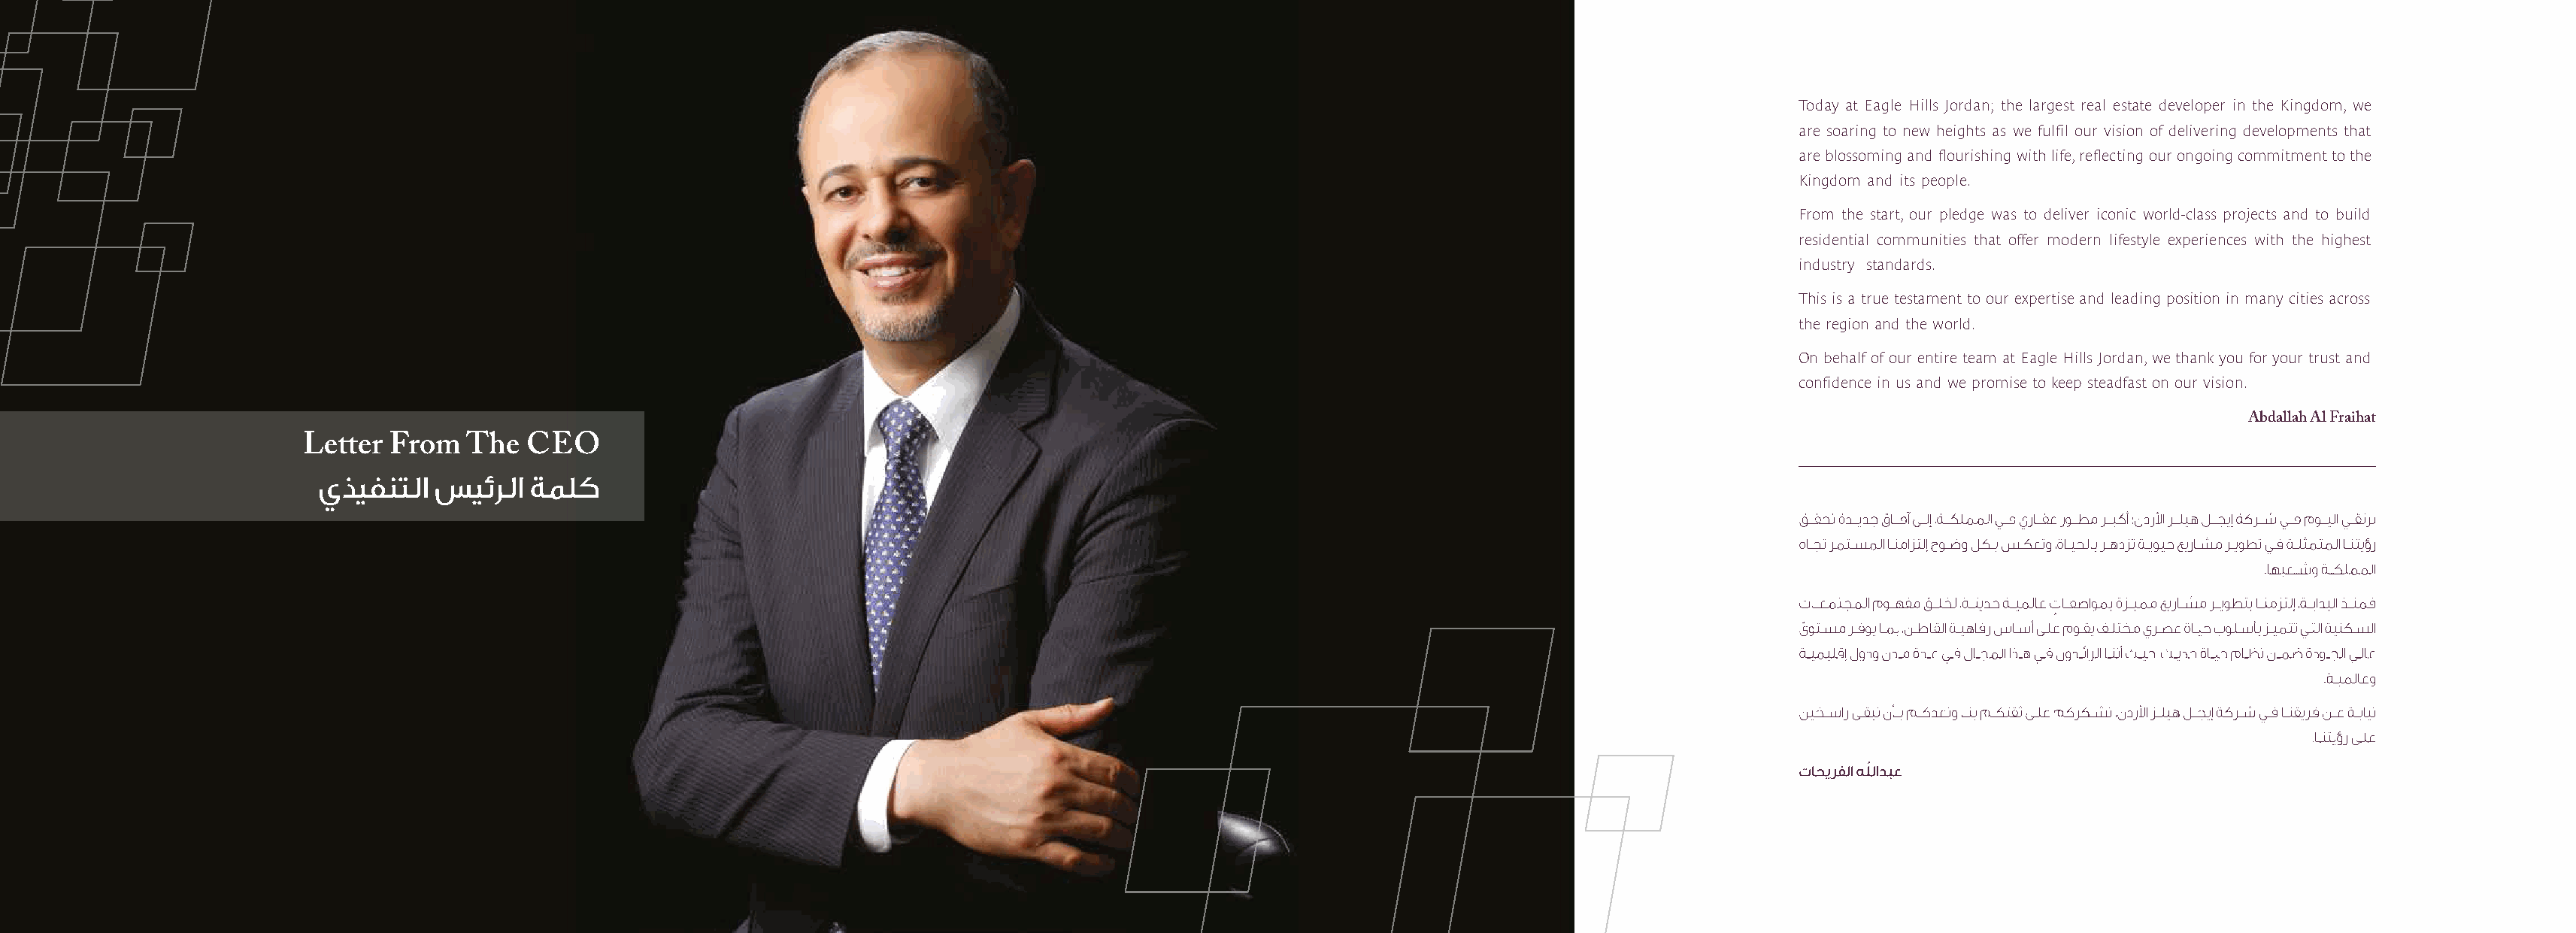
Today at Eagle Hills Jordan; the largest real estate developer in the Kingdom, we
 are soaring to new heights as we fulfil our vision of delivering developments that
 are blossoming and flourishing with life, reflecting our ongoing commitment to the
 Kingdom and its people.
 From the start, our pledge was to deliver iconic world-class projects and to build
 residential communities that offer modern lifestyle experiences with the highest
 industry standards.
 This is a true testament to our expertise and leading position in many cities across
 the region and the world.
 On behalf of our entire team at Eagle Hills Jordan, we thank you for your trust and
 confidence in us and we promise to keep steadfast on our vision.
 Abdallah Al Fraihat
 Letter From   The  CEO
 ٍ
 ً
 ّ